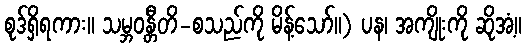
စုဒ်ရှိရကား။ သမ္ဘဝန္တီတိ-စသည်ကို မိန့်သော်။) ပန၊ အကျိုးကို ဆိုအံ့။